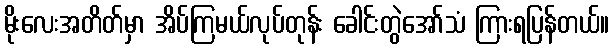
မိုးလေးအတိတ်မှာ အိပ်ကြမယ်လုပ်တုန်း ခေါင်းတွဲအော်သံ ကြားရပြန်တယ်။